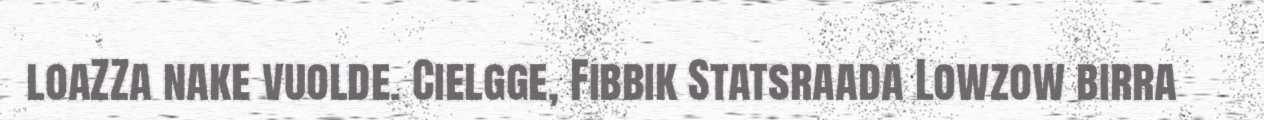
loaZZa nake vuolde. Cielgge, Fibbik Statsraada Lowzow birra